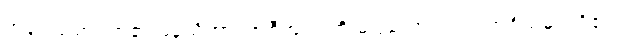
အရူပသမာပတ်၏ မနသိကာရအစီအရင်ကို မပြသော်လည်း အရိယမဂ်တို့၏